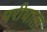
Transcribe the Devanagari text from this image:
परीघाला